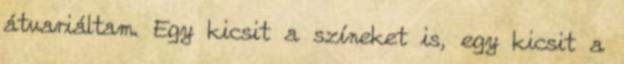
átvariáltam. Egy kicsit a színeket is, egy kicsit a